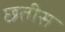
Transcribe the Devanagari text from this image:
छ्तीस